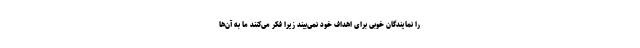
را نمایندگان خوبی برای اهداف خود نمی‌بیند زیرا فکر می‌کنند ما به آن‌ها